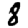
Digit: 8